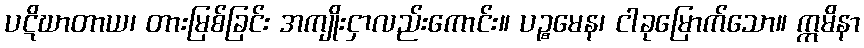
ပဋိဃာတာယ၊ တားမြစ်ခြင်း အကျိုးငှာလည်းကောင်း။ ပဉ္စမေန၊ ငါခုမြောက်သော။ ဣမိနာ